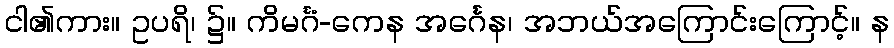
ငါ၏ကား။ ဥပရိ၊ ၌။ ကိမင်္ဂံ-ကေန အင်္ဂေန၊ အဘယ်အကြောင်းကြောင့်။ န